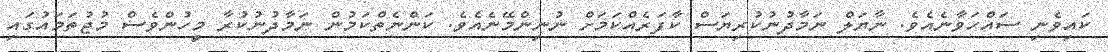
ކައިވެނި ސައްހަވާނެއެވެ. ނާޔަލް ނަމާދުނުކުރިޔަސް ކާފަރެއްކަމަށް ނުނިންމޭނެއެވެ. ކަންނެތްކަމުން ނަމާދުނުކުރާ މީހުންވެސް މުޖުތަމައުގައި